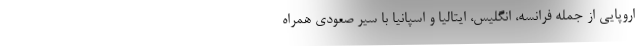
اروپایی از جمله فرانسه، انگلیس، ایتالیا و اسپانیا با سیر صعودی همراه